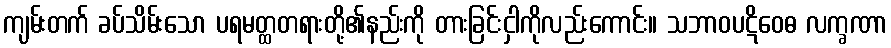
ကျမ်းတက် ခပ်သိမ်းသော ပရမတ္ထတရားတို့၏နည်းကို တားခြင်းငှါကိုလည်းကောင်း။ သဘာဝပဋိဝေဓ လက္ခဏာ